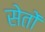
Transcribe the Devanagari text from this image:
सेतों